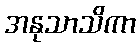
အနုသာသိကာ